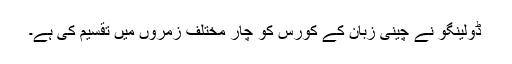
ڈولینگو نے چینی زبان کے کورس کو چار مختلف زمروں میں تقسیم کی ہے۔